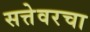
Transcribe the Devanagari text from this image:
सत्तेवरचा